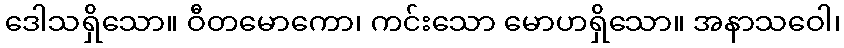
ဒေါသရှိသော။ ဝီတမောကော၊ ကင်းသော မောဟရှိသော။ အနာသဝေါ၊